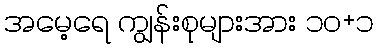
အမေ့ရေ ကျွန်းစုများအား ၁၀+၁